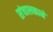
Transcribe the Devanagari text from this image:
संचालकाने